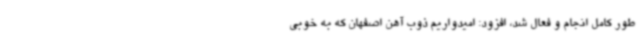
طور کامل انجام و فعال شد، افزود: امیدواریم ذوب آهن اصفهان که به خوبی